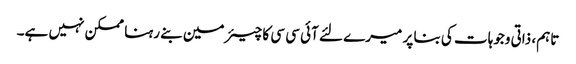
تاہم، ذاتی وجوہات کی بنا پر میرے لئے آئی سی سی کا چیئرمین بنے رہنا ممکن نہیں ہے۔